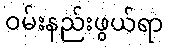
ဝမ်းနည်းဖွယ်ရာ